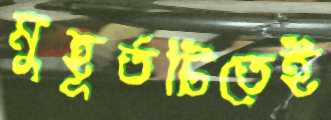
মুহূর্তটিতেই